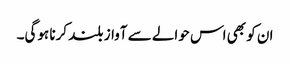
ان کو بھی اس حوالے سے آواز بلند کرنا ہوگی۔